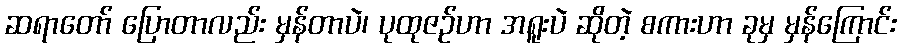
ဆရာတော် ပြောတာလည်း မှန်တာပဲ၊ ပုထုဇဉ်ဟာ အရူးပဲ ဆိုတဲ့ စကားဟာ ခုမှ မှန်ကြောင်း